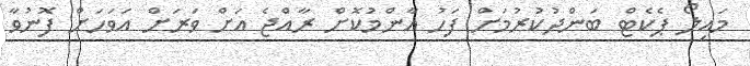
މައިލޯ ޕެކެޓް ބަންދުކުރުމަށް ފަހު އާންމުކޮށް ރާއްޖެ އަށް ވަރަށް އަވަހަށް ފޮނުވާ